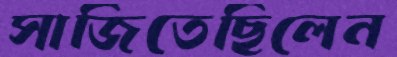
সাজিতেছিলেন